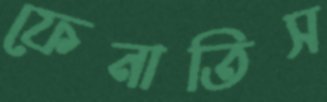
ফেনাতিস